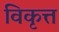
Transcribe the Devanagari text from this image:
विकृत्त